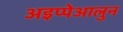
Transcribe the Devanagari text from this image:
अइप्पेआलुन